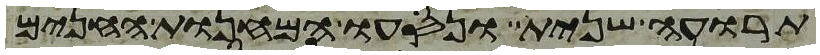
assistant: תרועה שנית ונסעו המחנות החנים